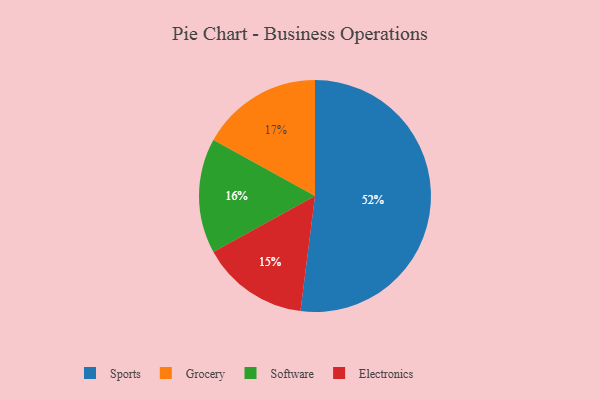
{"axis": {"x": "Category", "y": "Percentage"}, "legend": ["Electronics", "Grocery", "Software", "Sports"], "data": [{"x": "Software", "y": 16, "type": "Software"}, {"x": "Electronics", "y": 15, "type": "Electronics"}, {"x": "Grocery", "y": 17, "type": "Grocery"}, {"x": "Sports", "y": 52, "type": "Sports"}]}